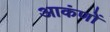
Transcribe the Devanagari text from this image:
आकंणों